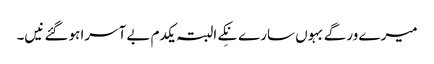
میرے ورگے بہوں سارے نِکے البتہ یکدم بے آسرا ہوگئے نیں۔